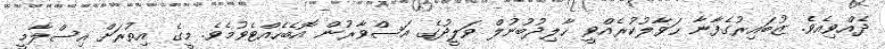
ދެއްވިއެވެ. ޒުބައިރުގެފާނާ ޙަވާލުކުރެއްވީ ޚާލިދުބުނުލް ވަލީދުގެ އަސްވާރުން އޮބެހެއްޓެވުމެވެ. މީގެ އިތުރަށް އިސްލާމީ